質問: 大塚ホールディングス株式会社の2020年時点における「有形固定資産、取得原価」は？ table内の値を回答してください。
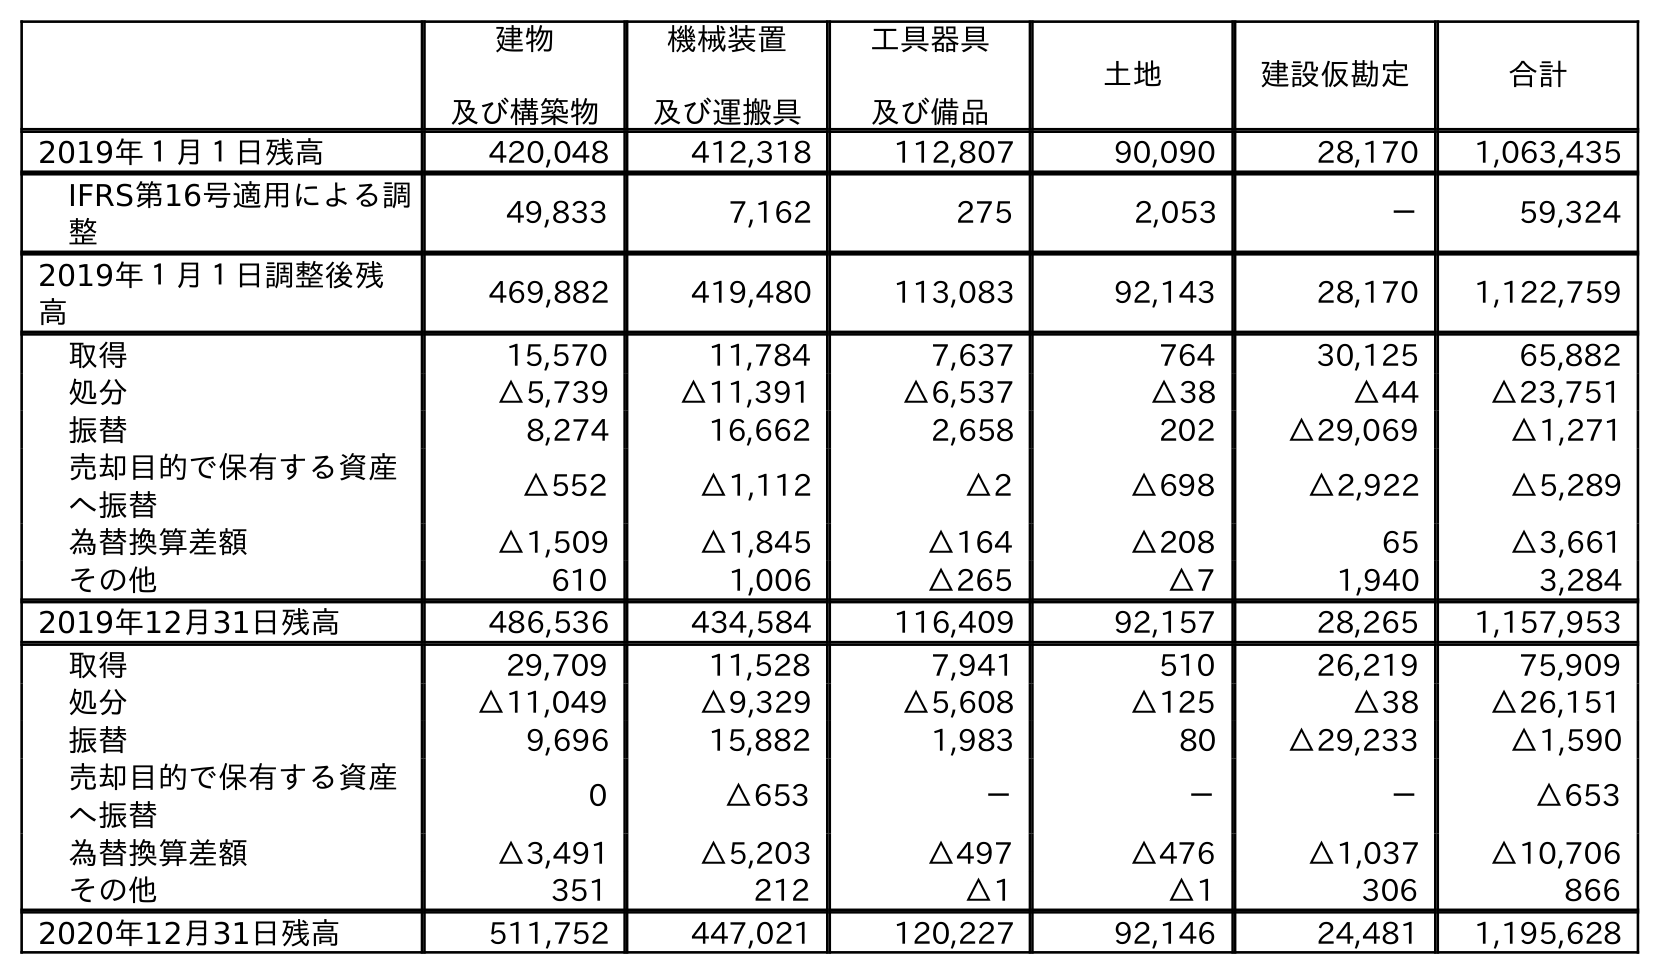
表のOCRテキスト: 建物 及び構築物 機械装置 及び運搬具 工具器具 及び備品 土地 建設仮勘定 合計 2019年１月１日残高 420,048 412,318 112,807 90,090 28,170 1,063,435 IFRS第16号適用による調 整 49,833 7,162 275 2,053 － 59,324 2019年１月１日調整後残 高 469,882 419,480 113,083 92,143 28,170 1,122,759 取得 15,570 11,784 7,637 764 30,125 65,882 処分 △5,739 △11,391 △6,537 △38 △44 △23,751 振替 8,274 16,662 2,658 202 △29,069 △1,271 売却目的で保有する資産 へ振替 △552 △1,112 △2 △698 △2,922 △5,289 為替換算差額 △1,509 △1,845 △164 △208 65 △3,661 その他 610 1,006 △265 △7 1,940 3,284 2019年12月31日残高 486,536 434,584 116,409 92,157 28,265 1,157,953 取得 29,709 11,528 7,941 510 26,219 75,909 処分 △11,049 △9,329 △5,608 △125 △38 △26,151 振替 9,696 15,882 1,983 80 △29,233 △1,590 売却目的で保有する資産 へ振替 0 △653 － － － △653 為替換算差額 △3,491 △5,203 △497 △476 △1,037 △10,706 その他 351 212 △1 △1 306 866 2020年12月31日残高 511,752 447,021 120,227 92,146 24,481 1,195,628
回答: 1,195,628